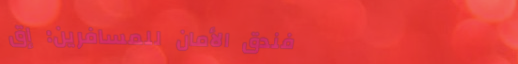
فندق الأمان للمسافرين: إق